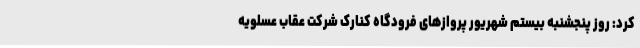
کرد: روز پنجشنبه بیستم شهریور پروازهای فرودگاه کنارک شرکت عقاب عسلویه